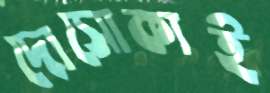
দোসোকাই